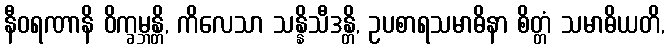
နီဝရဏာနိ ဝိက္ခမ္ဘန္တိ, ကိလေသာ သန္နိသီဒန္တိ, ဥပစာရသမာဓိနာ စိတ္တံ သမာဓိယတိ,